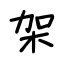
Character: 架